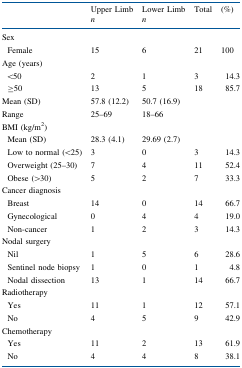
| <ROWSPAN=2>  | Upper Limb | Lower Limb | <ROWSPAN=2> Total | <ROWSPAN=2> (%) |
 | n | n |
 | --- | --- | --- | --- | --- |
 | Sex |  |  |  |  |
 | Female | 15 | 6 | 21 | 100 |
 | Age (years) |  |  |  |  |
 | <50 | 2 | 1 | 3 | 14.3 |
 | ≥50 | 13 | 5 | 18 | 85.7 |
 | Mean (SD) | 57.8 (12.2) | 50.7 (16.9) |  |  |
 | Range | 25–69 | 18–66 |  |  |
 | BMI (kg/m2) |  |  |  |  |
 | Mean (SD) | 28.3 (4.1) | 29.69 (2.7) |  |  |
 | Low to normal (<25) | 3 | 0 | 3 | 14.3 |
 | Overweight (25–30) | 7 | 4 | 11 | 52.4 |
 | Obese (>30) | 5 | 2 | 7 | 33.3 |
 | Cancer diagnosis |  |  |  |  |
 | Breast | 14 | 0 | 14 | 66.7 |
 | Gynecological | 0 | 4 | 4 | 19.0 |
 | Non-cancer | 1 | 2 | 3 | 14.3 |
 | Nodal surgery |  |  |  |  |
 | Nil | 1 | 5 | 6 | 28.6 |
 | Sentinel node biopsy | 1 | 0 | 1 | 4.8 |
 | Nodal dissection | 13 | 1 | 14 | 66.7 |
 | Radiotherapy |  |  |  |  |
 | Yes | 11 | 1 | 12 | 57.1 |
 | No | 4 | 5 | 9 | 42.9 |
 | Chemotherapy |  |  |  |  |
 | Yes | 11 | 2 | 13 | 61.9 |
 | No | 4 | 4 | 8 | 38.1 |